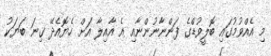
މި އެއްވުމުގައި ބޮލީވުޑްގެ ފަންނާނުންނާއި އެ އާއިލާ އަށް ހެޔޮއެދޭ ގިނަ ބަޔަކު